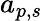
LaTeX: a_{p,s}